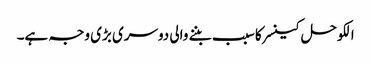
الکوحل کینسر کا سبب بننے والی دوسری بڑی وجہ ہے۔